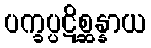
ပက္ခပ္ပဋိစ္ဆန္နာယ